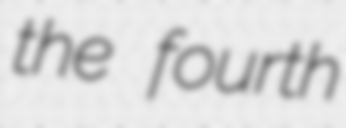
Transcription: the fourth